Leprosy in India: report of the Leprosy Commission in India, 1890-91
Year: 1890
Disease focus: Leprosy
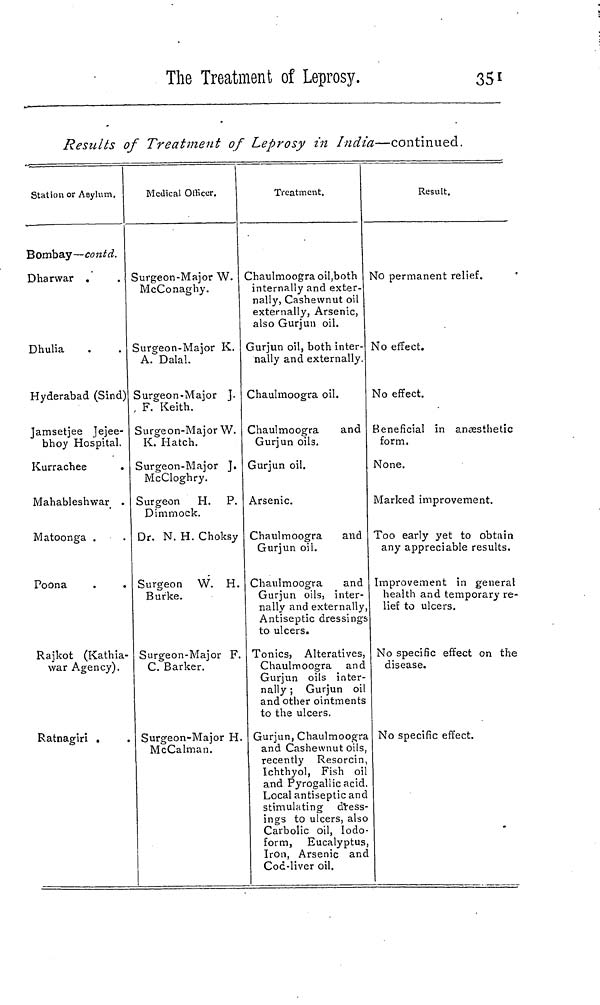
The Treatment of Leprosy.
351
Results of Treatment of Leprosy in India—continued.
Station or Asylum.
Bombay—contd.
Dharwar
Dhulia
Hyderabad (Sind)
Jamsetjee Jejee-
bhoy Hospital.
Kurrachee
Mahableshwar
Matoonga
Poona
Rajkot (Kathia-
war Agency).
Ratnagiri
Medical Officer.
Surgeon-Major W.
McConaghy.
Surgeon-Major K.
A. Dalai.
Surgeon-Major J.
F. Keith.
Surgeon-Major W.
K. Hatch.
Surgeon-Major J.
McCloghry.
Surgeon H. P.
Dimmock.
Dr. N. H. Choksy
Surgeon W. H
Burke.
Surgeon-Major F
C. Barker.
Surgeon-Major H
McCalman.
Treatment.
Chaulmoogra oil,both
internally and exter-
nally, Cashewnut oil
externally, Arsenic,
also Gurjun oil.
Gurjun oil, both inter-
nally and externally.
Dhaulmoogra oil.
Chaulmoogra
and
Gurjun oils.
Gurjun oil.
Arsenic.
Chaulmoogra
and
Gurjun oil.
Chaulmoogra
and
Gurjun oils, inter-
nally and externally
Antiseptic dressing
to ulcers.
Tonics, Alteratives
Chaulmoogra and
Gurjun oils inter-
nally ; Gurjun oil
and other ointments
to the ulcers.
Gurjun, Chaulmoogra
and Cashewnut oils
recently Resorcin
Ichthyol, Fish oil
and Pyrogallic acid
Local antiseptic and
stimulating dress
ings to ulcers, also
Carbolic oil, Iodo
form, Eucalyptus
Iron, Arsenic and
Cod-liver oil.
Result.
No permanent relief.
Mo effect.
No effect.
Beneficial in anæsthetic
form.
None.
Marked improvement.
Too early yet to obtain
any appreciable results.
Improvement in general
health and temporary re-
lief to ulcers.
No specific effect on the
disease.
No specific effect.